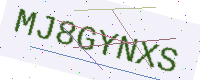
Text: MJ8GYNXS